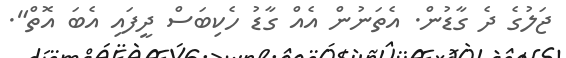
ޖަލުގެ ދެ ގާޑުން. އެތަނުން އެއް ގާޑު ހެކިބަސް ދީފައި އެބަ އޮތް".